Papers set at the Examination for Leaving Certificates, 1893
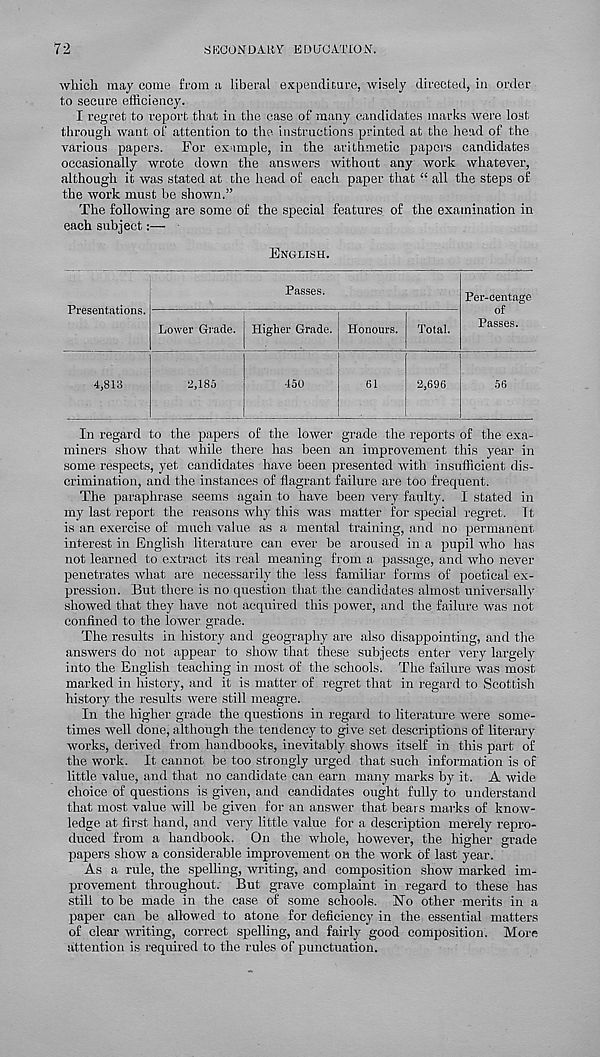
72
SECONDARY' EDUCATION.
■ \vliich may come from a liberal expenditure, wisely directed, in order
to secure efficiency.
I regret to report that in the case of many candidates marks were lost
through want of attention to the, instructions printed at the head of the
various papers. For example, in the arithmetic papers candidates
occasionally wrote down the answers without any work whatever,
although it was stated at the head of each paper that “ all the steps of
the work must be shown.”
The following are some of the special features of the examination in
each subject
English.
Passes.
Presentations.
4,813
Lower Grade. Higher Grade. Honours. Total.
2,185
450
61
2,696
Per-centage
of
Passes.
56
In regard to the papers of the lower grade the reports of the exa-
miners show that while there has been an improvement this year in
some respects, yet candidates have been presented with insufficient dis-
crimination, and the instances of flagrant failure are too frequent.
The paraphrase seems again to have been very faulty. I stated in
my last report the reasons why this was matter for special regret. It
is an exercise of much value as a mental training, and no permanent
interest in English literature can ever be aroused in a pupil who has
not learned to extract its real meaning from a passage, and who never
penetrates what are necessarily the less familiar forms of poetical ex-
pression. But there is no question that the candidates almost universally
showed that they have not acquired this power, and the failure was not
confined to the lower grade.
The results in history and geography are also disappointing, and the
answers do not appear to show that these subjects enter very largely
into the English teaching in most of the schools. The failure was most
marked in history, and it is matter of regret that in regard to Scottish
history the results were still meagre.
In the higher grade the questions in regard to literature were some-
times well done, although the tendency to give set descriptions of literary
works, derived from handbooks, inevitably shows itself in this part of
the work. It cannot be too strongly urged that such information is of
little value, and that no candidate can earn many marks by it. A wide
choice of questions is given, and candidates ought fully to understand
that most value will be given for an answer that bears marks of know-
ledge at first hand, and very little value for a description merely repro-
duced from a handbook. On the whole, however, the higher grade
papers show a considerable improvement on the work of last year.
As a rule, the spelling, writing, and composition show marked im-
provement throughout. But grave complaint in regard to these has
still to be made in the case of some schools. Ho other merits in a
paper can be allowed to atone for deficiency in the essential matters
of clear writing, correct spelling, and fairly good composition. More
attention is required to the rules of punctuation.